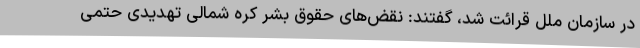
در سازمان ملل قرائت شد، گفتند: نقض‌های حقوق بشر کره شمالی تهدیدی حتمی